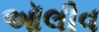
ઑલીવ